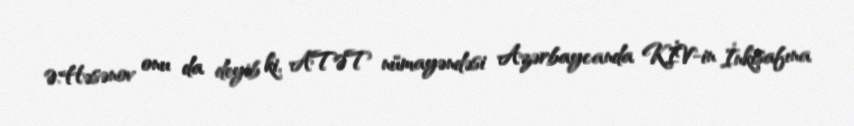
Ə.Həsənov onu da deyib ki, ATƏT nümayəndəsi Azərbaycanda KİV-in İnkişafına